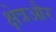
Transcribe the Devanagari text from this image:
क्षेत्रऔर